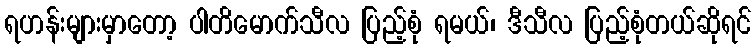
ရဟန်းများမှာတော့ ပါတိမောက်သီလ ပြည့်စုံ ရမယ်၊ ဒီသီလ ပြည့်စုံတယ်ဆိုရင်